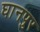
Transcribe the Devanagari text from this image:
घानपुर